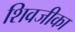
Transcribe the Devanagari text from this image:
शिवजीका